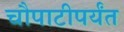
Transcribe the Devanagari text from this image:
चौपाटीपर्यंत